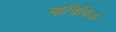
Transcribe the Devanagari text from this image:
साचिविक